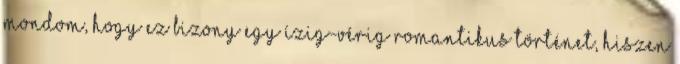
mondom, hogy ez bizony egy ízig-vérig romantikus történet, hiszen